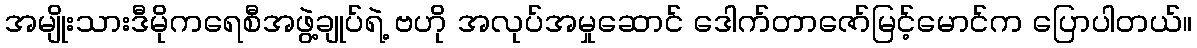
အမျိုးသားဒီမိုကရေစီအဖွဲ့ချုပ်ရဲ့ ဗဟို အလုပ်အမှုဆောင် ဒေါက်တာဇော်မြင့်မောင်က ပြောပါတယ်။